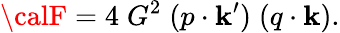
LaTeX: {\calF}=4\; G^{2}\; (p\cdot\mathbf{k}^{\prime})\; (q\cdot\mathbf{k}).